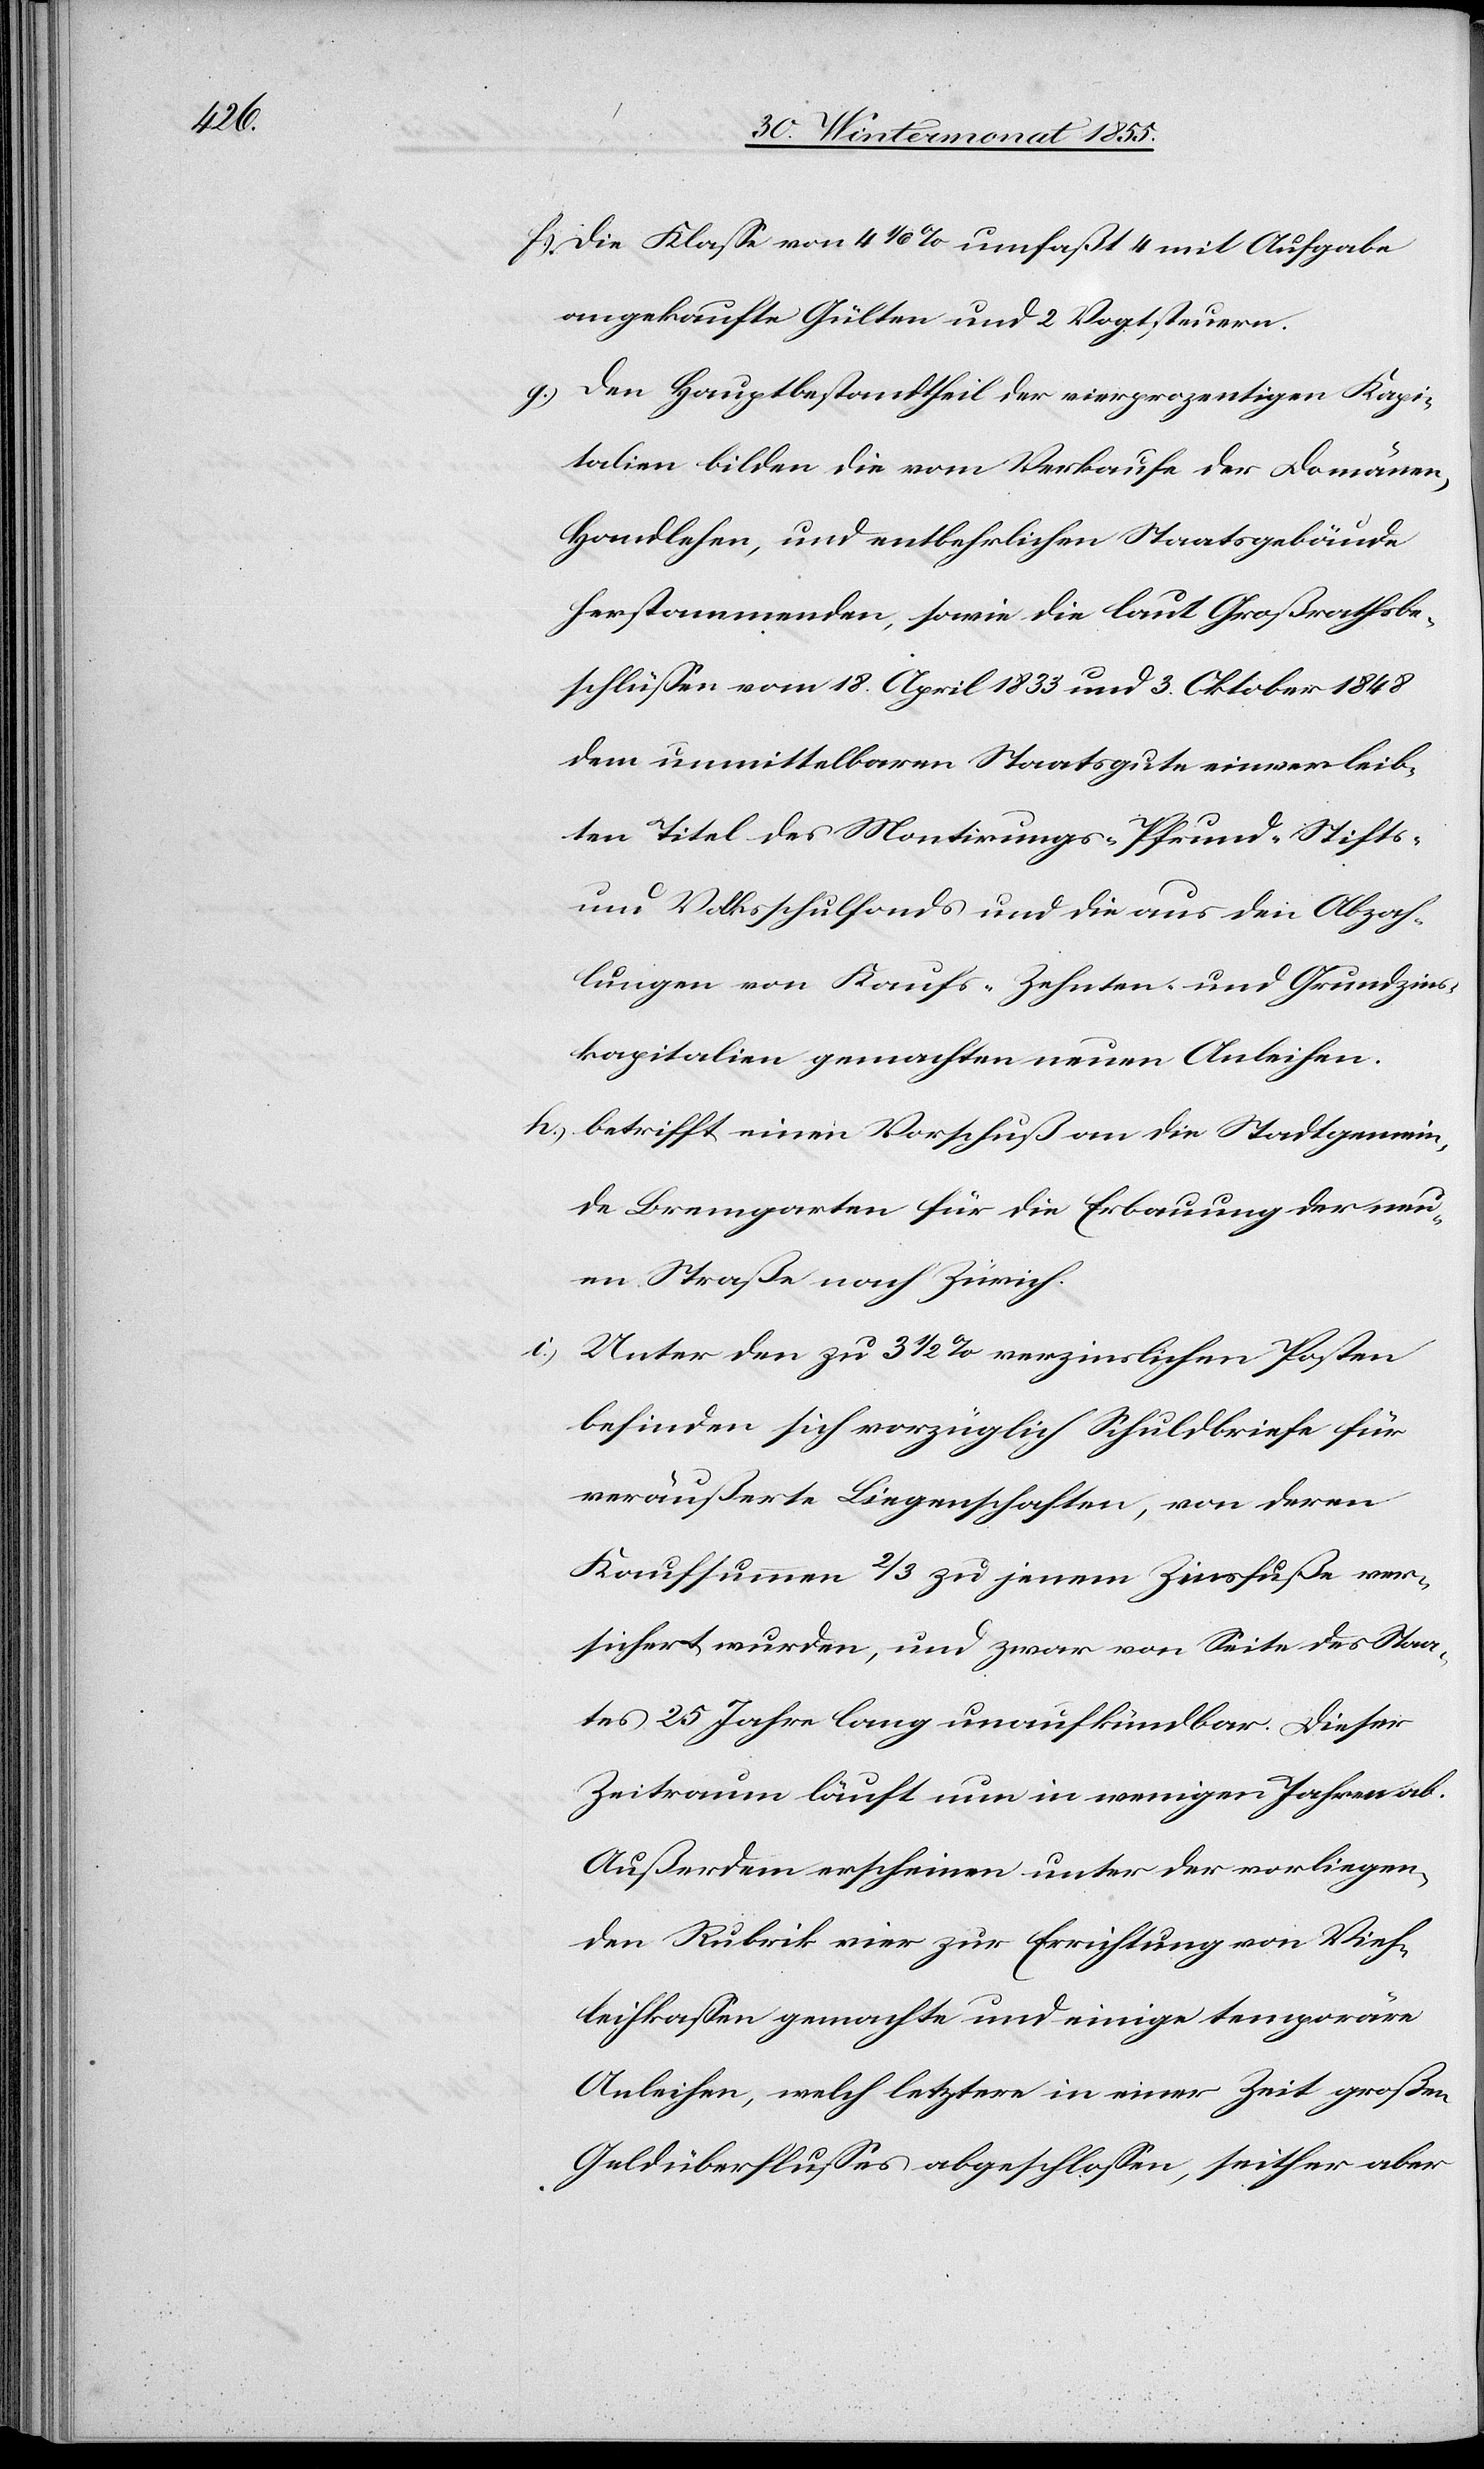
Die Klasse von 4 1/6 % umfaßt 4 mit Aufgabe
angekaufte Gülten und 2 Vogtsteuern.
Den Hauptbestandtheil der vierprozentigen Kapi¬
talien bilden die vom Verkaufe der Domänen,
Handlehen, und entbehrlichen Staatsgebäude
herstammenden, sowie die laut Großrathsbe¬
schlüssen vom 18. April 1833 und 3. Oktober 1848
dem unmittelbaren Staatsgute einverleib¬
ten Titel des Montirungs-[,] Pfrund-[,] Stifts-
und Volksschulfonds und die aus den Abzah¬
lungen von Kaufs-[,] Zehnten- und Grundzins¬
kapitalien gemachten neuen Anleihen.
betrifft einen Vorschuß an die Stadtgemein¬
de Bremgarten für die Erbauung der neu¬
en Straße nach Zürich.
Unter den zu 3 1/2 % verzinslichen Posten
befinden sich vorzüglich Schuldbriefe für
veräußerte Liegenschaften, von deren
Kaufsummen 2/3 zu jenem Zinsfuße ver¬
sichert wurden, und zwar von Seite des Staa¬
tes 25 Jahre lang unaufkündbar. Dieser
Zeitraum läuft nun in wenigen Jahren ab.
Außerdem erscheinen unter der vorliegen¬
den Rubrik vier zur Errichtung von Vieh¬
leihkassen gemachte und einige temporäre
Anleihen, welch letztere in einer Zeit großen
Geldüberflusses abgeschlossen, seither aber